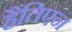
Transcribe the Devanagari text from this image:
हैतिएन